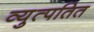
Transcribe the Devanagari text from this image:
व्युत्पतित